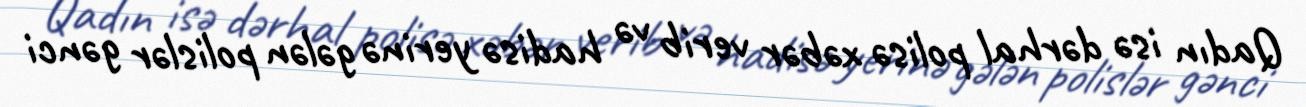
Qadın isə dərhal polisə xəbər verib və hadisə yerinə gələn polislər gənci